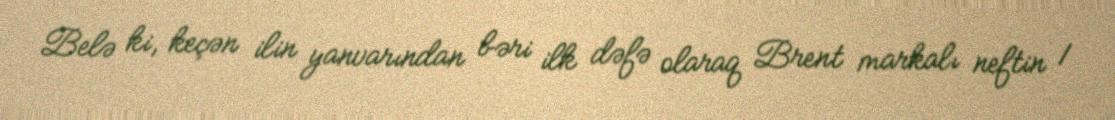
Belə ki, keçən ilin yanvarından bəri ilk dəfə olaraq Brent markalı neftin 1